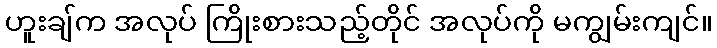
ဟူးချ်က အလုပ် ကြိုးစားသည့်တိုင် အလုပ်ကို မကျွမ်းကျင်။